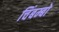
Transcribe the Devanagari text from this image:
चिंबम्बो